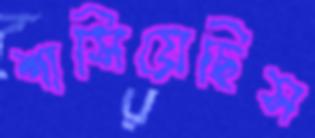
শাসিয়েছিস